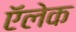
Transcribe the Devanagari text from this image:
ऍलेक